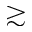
\gtrsim